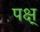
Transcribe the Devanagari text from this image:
पक्ष्